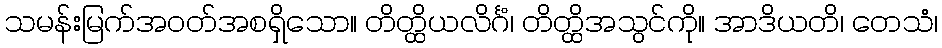
သမန်းမြက်အဝတ်အစရှိသော။ တိတ္ထိယလိင်္ဂံ၊ တိတ္ထိအသွင်ကို။ အာဒိယတိ၊ တေသံ၊